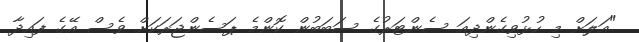
"އަލަށް މި ހުޅުވިގެންދިއަ ސެންޓަރުގެ ސަބަބުން ކޮންމެ ޕަސެންޖަރަކަށް ވެސް އޭގެ ފައިދާ